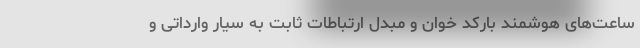
ساعت‌های هوشمند بارکد خوان و مبدل ارتباطات ثابت به سیار وارداتی و